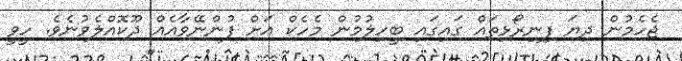
ޖެހެމުން ދިޔަ ފިނިރޯޅިތައް ގައިގައި ބީހިލުމުން މެހެކް އަށް ފުންނޭވާއެއް ދޫކޮއްލެވުނެވެ. ހީވީ